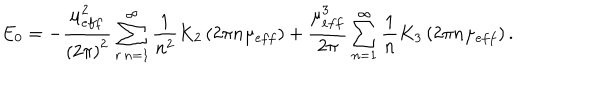
LaTeX: E _ { 0 } = - \frac { \mu _ { e f f } ^ { 2 } } { \left( 2 \pi \right) ^ { 2 } } \sum _ { r \, n = 1 } ^ { \infty } \frac { 1 } { n ^ { 2 } } K _ { 2 } \left( 2 \pi n \mu _ { e f f } \right) + \frac { \mu _ { e f f } ^ { 3 } } { 2 \pi } \sum _ { n = 1 } ^ { \infty } \frac { 1 } { n } K _ { 3 } \left( 2 \pi n \mu _ { e f f } \right) .